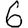
Digit: 6